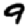
Digit: 9